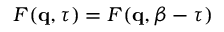
F ( \mathbf { q } , \tau ) = F ( \mathbf { q } , \beta - \tau )